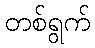
တစ်ရွက်